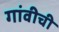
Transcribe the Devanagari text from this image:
गांवीची